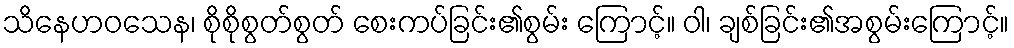
သိနေဟဝသေန၊ စိုစိုစွတ်စွတ် စေးကပ်ခြင်း၏စွမ်း ကြောင့်။ ဝါ၊ ချစ်ခြင်း၏အစွမ်းကြောင့်။